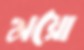
ময়ো